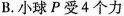
B.小球P受4个力